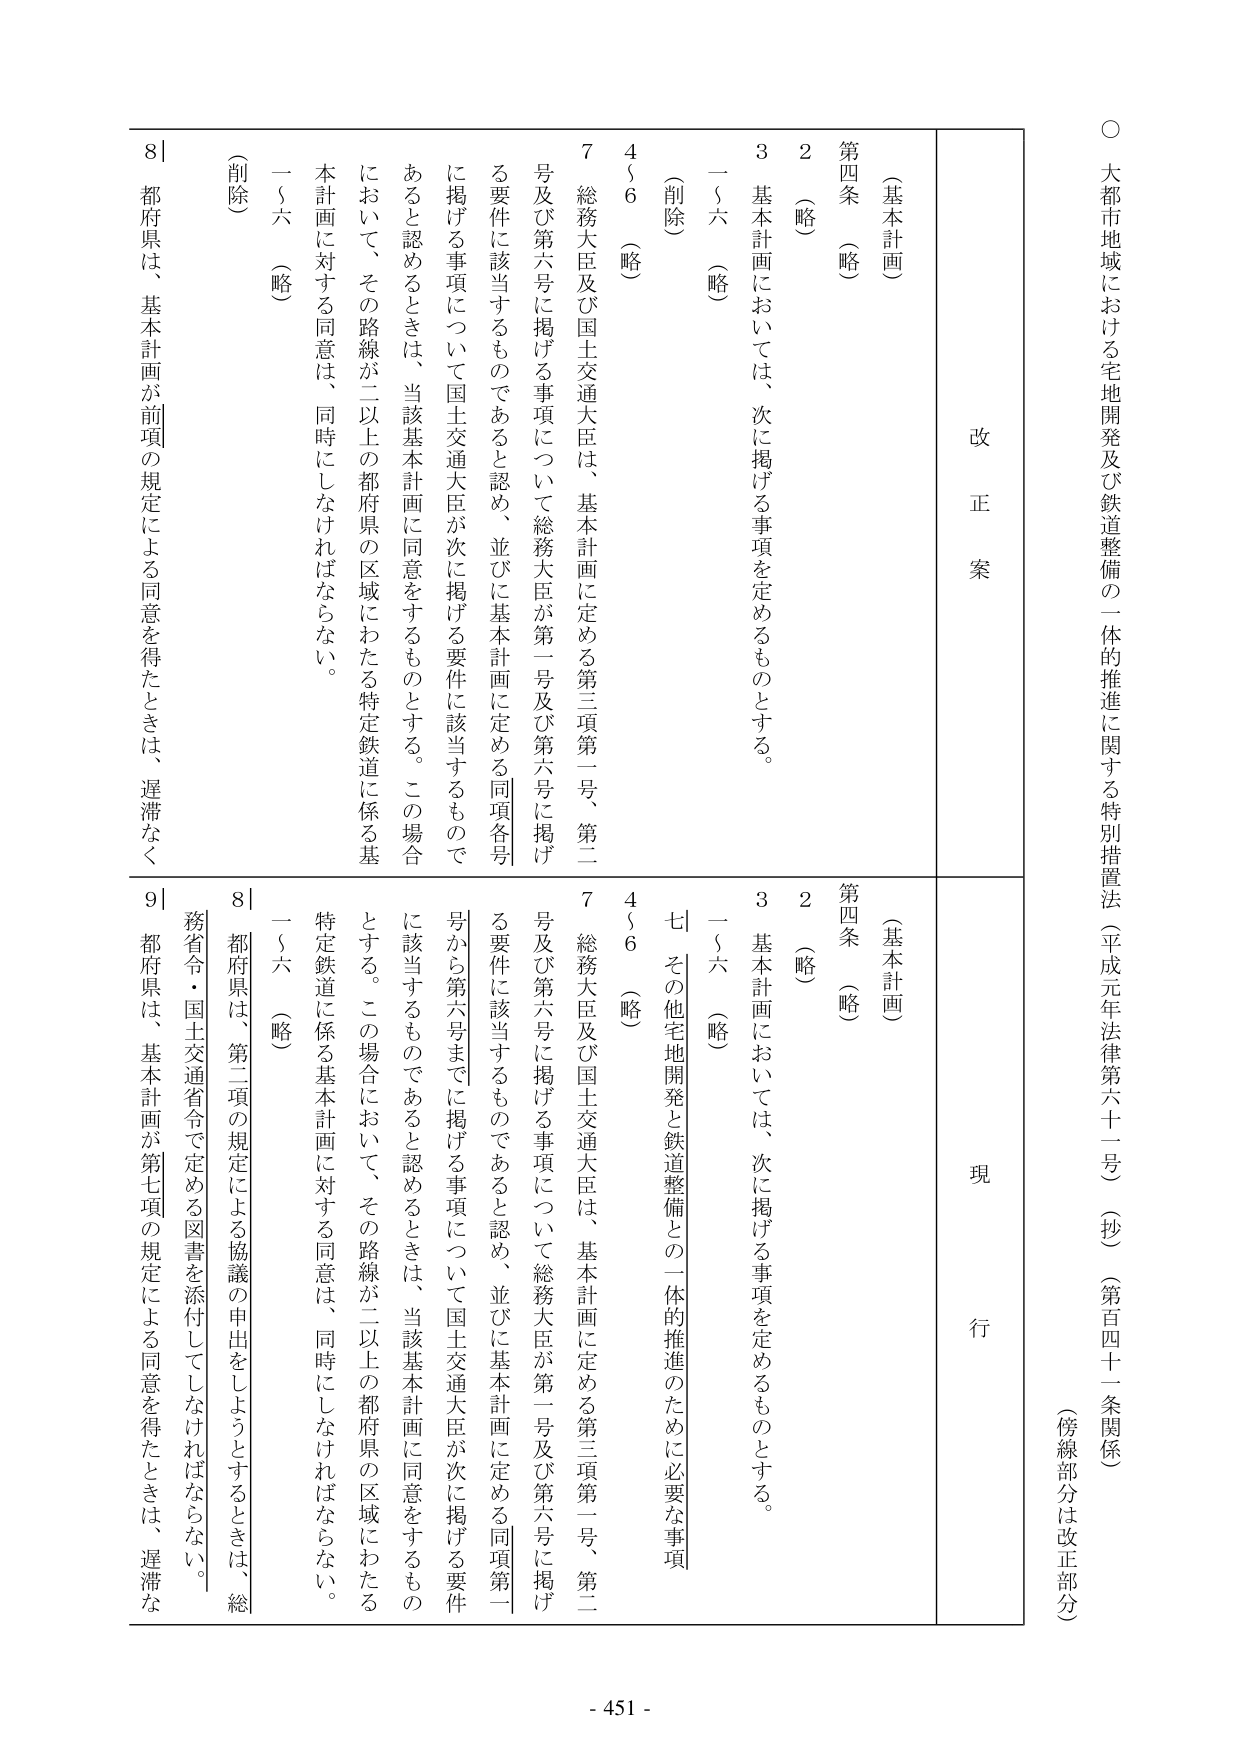
○ 大都市地域における宅地開発及び鉄道整備の一体的推進に関する特別措置法（平成元年法律第六十一号）（抄）（第百四十一条関係）（傍線部分は改正部分）

改正案

（基本計画）

第四条 （略）

2 （略）

3 基本計画においては、次に掲げる事項を定めるものとする。

一～六 （略）

4～6 （略）

7 総務大臣及び国土交通大臣は、基本計画に定める第三項第一号、第二号及び第六号に掲げる事項について総務大臣が第一号及び第六号に掲げる要件に該当するものであると認め、並びに基本計画に定める同項各号に掲げる事項について国土交通大臣が次に掲げる要件に該当するものであると認めるときは、当該基本計画に同意をするものとする。この場合において、その路線が二以上の都府県の区域にわたる特定鉄道に係る基本計画に対する同意は、同時にしなければならない。

（削除）

一～六 （略）

8 都府県は、基本計画が前項の規定による同意を得たときは、遅滞なく

現行

（基本計画）

第四条 （略）

2 （略）

3 基本計画においては、次に掲げる事項を定めるものとする。

一～六 （略）

七 その他宅地開発と鉄道整備との一体的推進のために必要な事項

4～6 （略）

7 総務大臣及び国土交通大臣は、基本計画に定める第三項第一号、第二号及び第六号に掲げる事項について総務大臣が第一号及び第六号に掲げる要件に該当するものであると認め、並びに基本計画に定める同項第一号から第六号までに掲げる事項について国土交通大臣が次に掲げる要件に該当するものであると認めるときは、当該基本計画に同意をするものとする。この場合において、その路線が二以上の都府県の区域にわたる特定鉄道に係る基本計画に対する同意は、同時にしなければならない。

一～六 （略）

8 都府県は、第二項の規定による協議の申出をしようとするときは、総務省令・国土交通省令で定める図書を添付してしなければならない。

9 都府県は、基本計画が第七項の規定による同意を得たときは、遅滞な

- 451 -